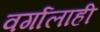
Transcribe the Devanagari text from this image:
वर्गालाही